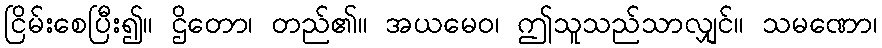
ငြိမ်းစေပြီး၍။ ဌိတော၊ တည်၏။ အယမေဝ၊ ဤသူသည်သာလျှင်။ သမဏော၊